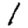
Digit: 1